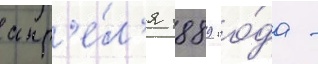
апр'е́л'я 1889 го́да -